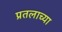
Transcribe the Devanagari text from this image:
प्रतलाच्या